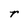
Character: r